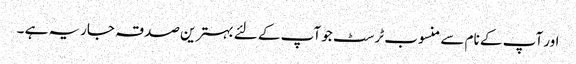
اور آپ کے نام سے منسوب ٹرسٹ جو آپ کے لئے بہترین صدقہ جاریہ ہے ۔